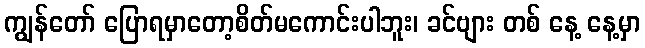
ကျွန်တော် ပြောရမှာတော့စိတ်မကောင်းပါဘူး၊ ခင်ဗျား တစ် နေ့ နေ့မှာ